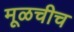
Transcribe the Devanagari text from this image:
मूळचीच